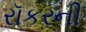
રૉકરની